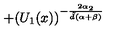
+ ( U _ { 1 } ( x ) ) ^ { - \frac { 2 \alpha _ { 2 } } { { \tilde { d } } ( \alpha + \beta ) } }